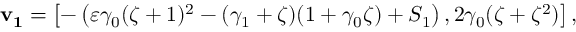
\mathbf { v _ { 1 } } = \left[ - \left( \varepsilon \gamma _ { 0 } ( \zeta + 1 ) ^ { 2 } - ( \gamma _ { 1 } + \zeta ) ( 1 + \gamma _ { 0 } \zeta ) + S _ { 1 } \right) , 2 \gamma _ { 0 } ( \zeta + \zeta ^ { 2 } ) \right] ,